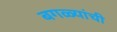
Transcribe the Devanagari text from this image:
बगळ्यांची